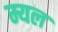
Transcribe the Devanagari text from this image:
म्यल